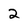
Character: 2